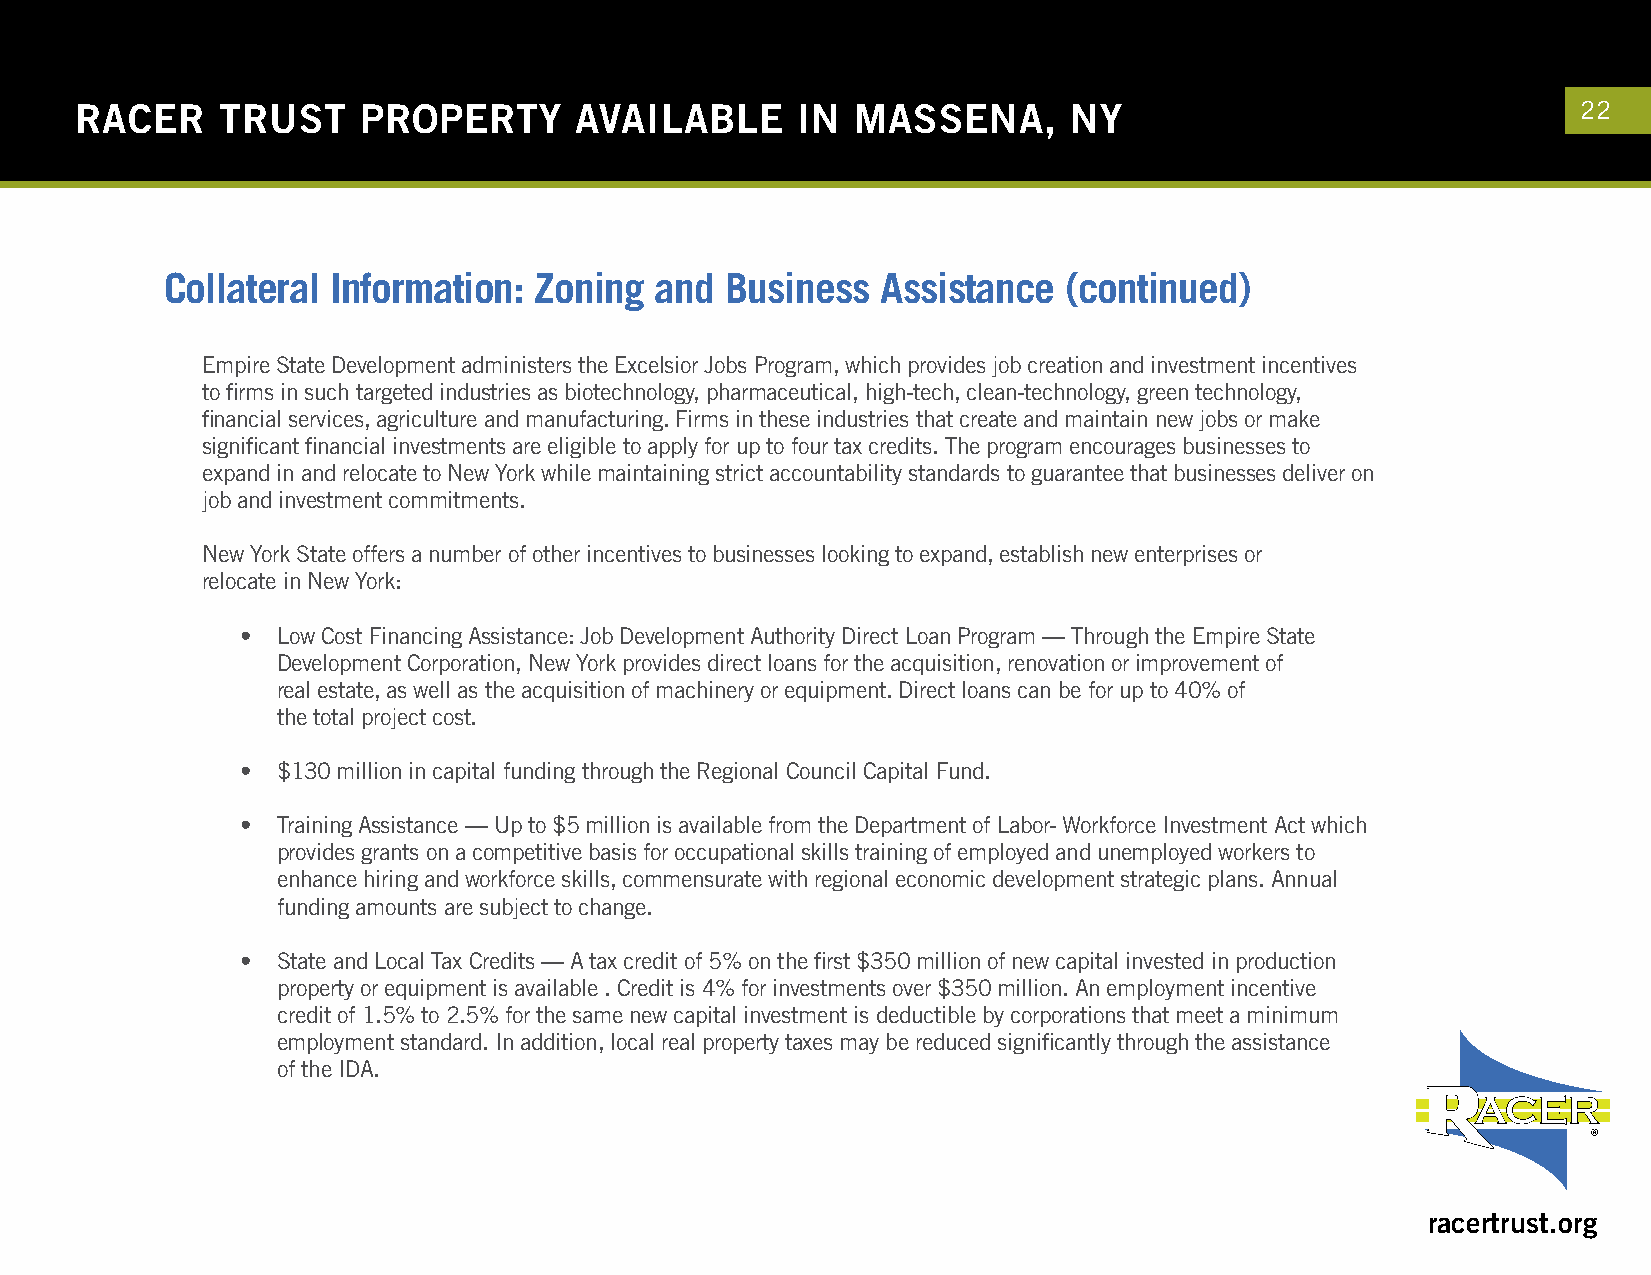
RACER    TRUST     PROPERTY      AVAILABLE      IN  MASSENA,      NY                                22
 Collateral Information: Zoning  and  Business  Assistance   (continued)
 Empire State Development administers the Excelsior Jobs Program, which provides job creation and investment incentives
 to firms in such targeted industries as biotechnology, pharmaceutical, high-tech, clean-technology, green technology,
 financial services, agriculture and manufacturing. Firms in these industries that create and maintain new jobs or make
 significant financial investments are eligible to apply for up to four tax credits. The program encourages businesses to
 expand in and relocate to New York while maintaining strict accountability standards to guarantee that businesses deliver on
 job and investment commitments.
 New York State offers a number of other incentives to businesses looking to expand, establish new enterprises or
 relocate in New York:
 • Low Cost Financing Assistance: Job Development Authority Direct Loan Program — Through the Empire State
 Development Corporation, New York provides direct loans for the acquisition, renovation or improvement of
 real estate, as well as the acquisition of machinery or equipment. Direct loans can be for up to 40% of
 the total project cost.
 • $130 million in capital funding through the Regional Council Capital Fund.
 • Training Assistance — Up to $5 million is available from the Department of Labor- Workforce Investment Act which
 provides grants on a competitive basis for occupational skills training of employed and unemployed workers to
 enhance hiring and workforce skills, commensurate with regional economic development strategic plans. Annual
 funding amounts are subject to change.
 • State and Local Tax Credits — A tax credit of 5% on the first $350 million of new capital invested in production
 property or equipment is available . Credit is 4% for investments over $350 million. An employment incentive
 credit of 1.5% to 2.5% for the same new capital investment is deductible by corporations that meet a minimum
 employment standard. In addition, local real property taxes may be reduced significantly through the assistance
 of the IDA.
 racertrust.org